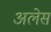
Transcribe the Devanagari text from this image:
अलेस